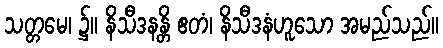
သတ္တမေ၊ ၌။ နိသီဒနန္တိ ဧတံ၊ နိသီဒနံဟူသော အမည်သည်။